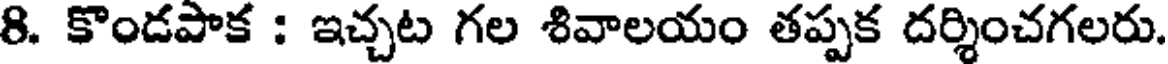
8. కొండపాక : ఇచ్చట గల శివాలయం తప్పక దర్శించగలరు.